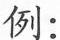
例：